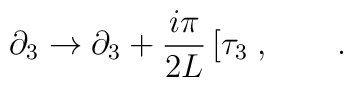
\partial_{3} \rightarrow \partial_{3}+\frac{i\pi}{2 L} \left[\tau_{3}\right. ,  \qquad .